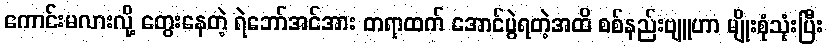
ကောင်းမလားလို့ တွေးနေတဲ့ ရဲဘော်အင်အား တရာထက် အောင်ပွဲရတဲ့အထိ စစ်နည်းဗျူဟာ မျိုးစုံသုံးပြီး